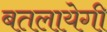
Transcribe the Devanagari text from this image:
बतलायेगी